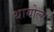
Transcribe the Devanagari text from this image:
थायोल्स